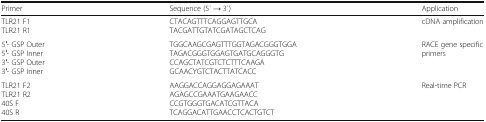
| Primer | Sequence (5` → 3`) | Application |
 | --- | --- | --- |
 | TLR21 F1TLR21 R1 | CTACAGTTTCAGGAGTTGCATACGATTGTATCGATAGCTCAG | cDNA amplification |
 | 5′- GSP Outer5′- GSP Inner3′- GSP Outer3′- GSP Inner | TGGCAAGCGAGTTTGGTAGACGGGTGGATAGACGGGTGGAGTGATGCAGGGTGCCAGCTATCGTCTCTTTCAAGAGCAACYGTCTACTTATCACC | RACE gene specificprimers |
 | TLR21 F2TLR21 R240S F40S R | AAGGACCAGGAGGAGAAATAGAGCCGAAATGAAGAACCCCGTGGGTGACATCGTTACATCAGGACATTGAACCTCACTGTCT | Real-time PCR |